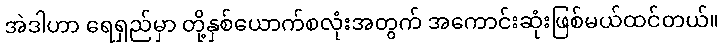
အဲဒါဟာ ရေရှည်မှာ တို့နှစ်ယောက်စလုံးအတွက် အကောင်းဆုံးဖြစ်မယ်ထင်တယ်။